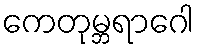
ကေတုမ္ဘရာဂေါ